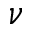
\nu